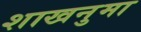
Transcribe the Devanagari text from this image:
शाखनुमा